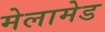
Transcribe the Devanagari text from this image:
मेलामेड